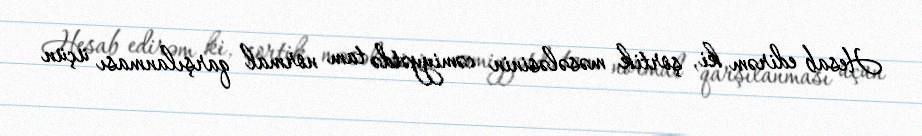
Hesab edirəm ki, şortik məsələsinin cəmiyyətdə tam normal qarşılanması üçün